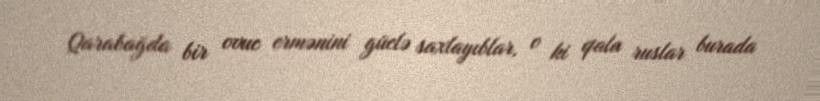
Qarabağda bir ovuc ermənini güclə saxlayıblar, o ki qala ruslar burada